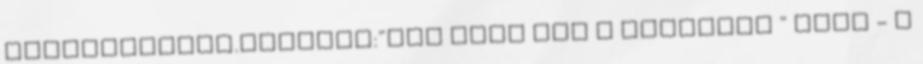
kerékpározni.Mottója:"Eső után jön a napsütés " Emőd - A